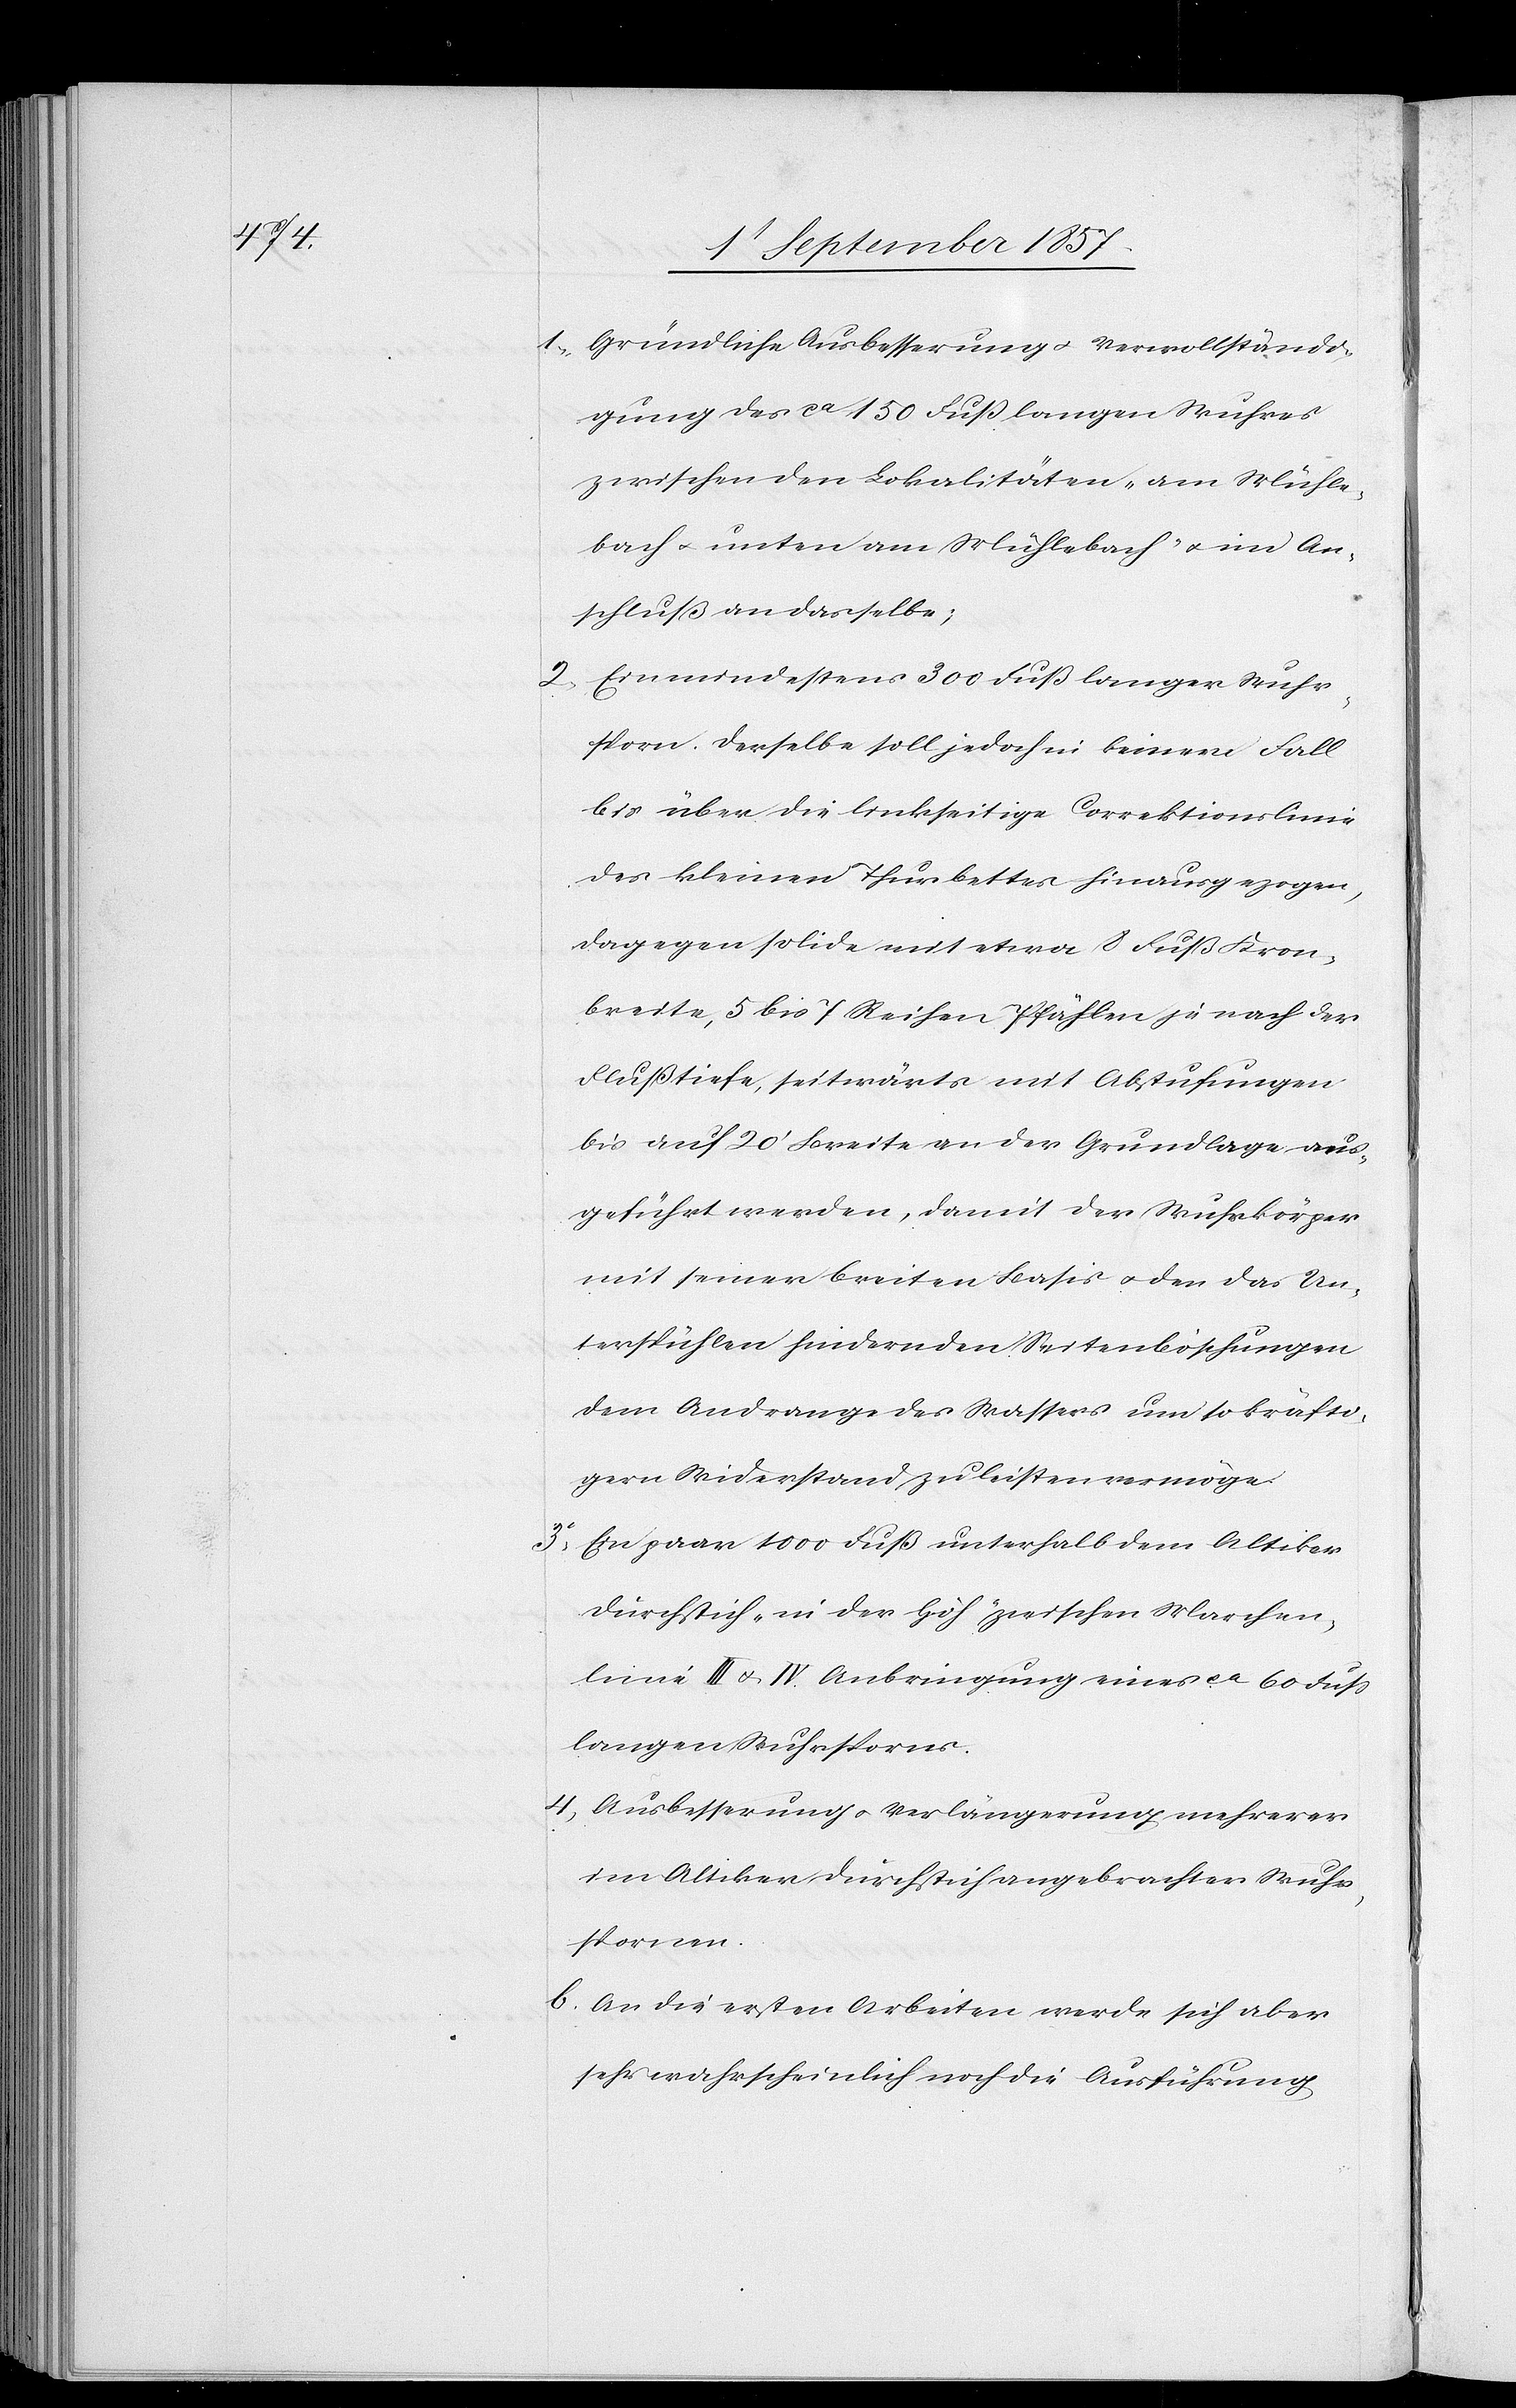
1. Gründliche Ausbesserung & Vervollständi¬
gung des ca 150 Fuß langen Wuhres
zwischen den Lokalitäten „am Mühle¬
bach & unten am Mühlebach“ & ein An¬
schluß an dasselbe;
Ein mindestens 300 Fuß langer Wuhr¬
sporn. Derselbe soll jedoch in keinem Fall
bis über die linkseitige Correktionslinie
des kleinen Thurbettes hinausgezogen,
dagegen solide mit etwa 8 Fuß Kron¬
breite, 5 bis 7 Reihen Pfählen je nach der
Flußtiefe, seitwärts mit Abstufungen
bis auf 20’ Breite an der Grundlage aus¬
geführt werden, damit der Wuhrkörper
mit seiner breiten Basis & der das Un¬
terspühlen hindernden Seitenböschungen
dem Andrange des Wassers um so kräfti¬
gern Widerstand zu leisten vermöge.
3. Ein paar 1000 Fuß unterhalb dem Altiker
Durchstich „in der Höh“ zwischen Marchen¬
linie III & IV Anbringung eines ca 60 Fuß
langen Wuhrspornes.
4. Ausbessserung & Verlängerung mehrerer
im Altiker Durchstich angebrachten Wuhr¬
spornen.
b) An die ersten Arbeiten werde sich aber
sehr wahrscheinlich noch die Ausführung